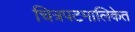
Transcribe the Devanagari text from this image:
चित्रपटमालिकेत